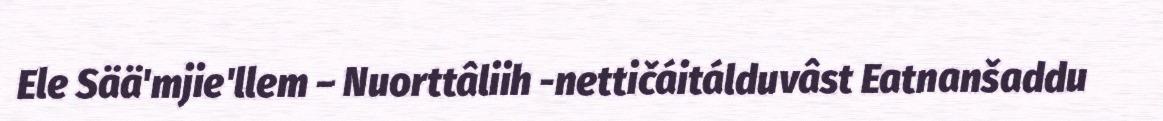
Ele Sää'mjie'llem – Nuorttâliih -nettičáitálduvâst Eatnanšaddu